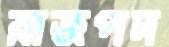
রাজপদ